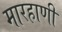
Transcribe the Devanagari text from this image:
मारहाणी